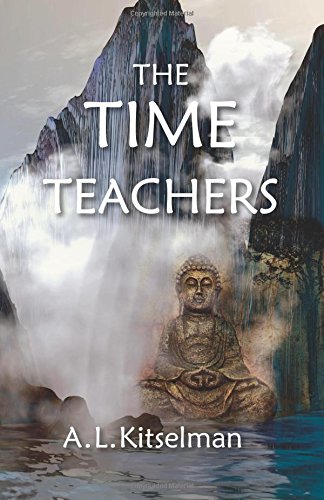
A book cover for The Time Teachers; A. L. Kitselman; Religion & Spirituality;